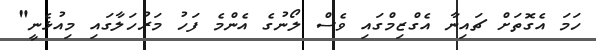
ހަމަ އެގޮތަށް ޗައިނާ އެގްޒިމްގައި ވެސް ލޯނުގެ އެންމެ ފަހު މަރުހަލާގައި މިއުޅެނީ"